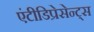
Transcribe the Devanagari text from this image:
एंटीडिप्रेसेन्ट्स